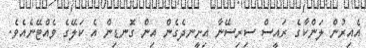
އެއިރުން ލަންކާގެ ރައީސް ސިރިސޭނާ އިށީނދެގެން އިން ގޮނޑިން އެ ކަލޭގެ ވެއްޓޭނެއެވެ.